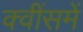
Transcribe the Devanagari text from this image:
क्वींसमें